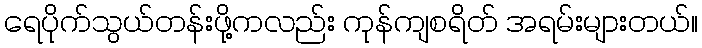
ရေပိုက်သွယ်တန်းဖို့ကလည်း ကုန်ကျစရိတ် အရမ်းများတယ်။